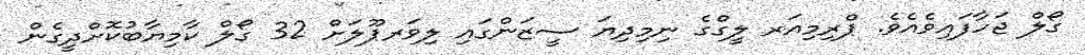
ގޯލް ޖަހާފައިވެއެވެ. ޕްރިމިއަރ ލީގްގެ ނިމިިދިޔަ ސީޒަންގައި ލިވަރޕޫލަށް 32 ގޯލް ކާމިޔާބުކޮށްދީގެން